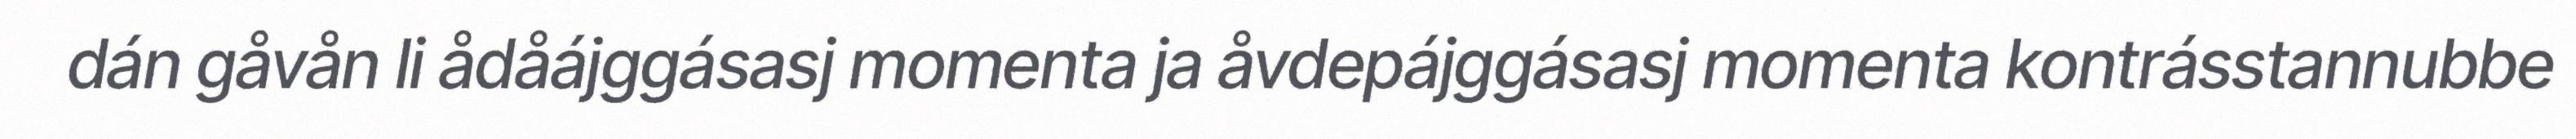
dán gåvån li ådåájggásasj momenta ja åvdepájggásasj momenta kontrásstannubbe